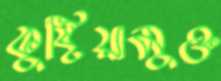
কুষ্টিয়ামুক্ত